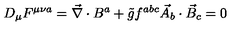
D _ { \mu } F ^ { \mu \nu a } = \vec { \nabla } \cdot B ^ { a } + \tilde { g } f ^ { a b c } \vec { A } _ { b } \cdot \vec { B } _ { c } = 0